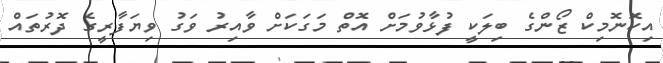
އިކޮނޮމިކް ޒޯންގެ ބިިލަކީ ފުޅާވުމަށް އޮތް މަގަކަށް ވާއިރު ވަގު ވިޔަފާރީގެ ދޮރުތައް